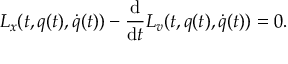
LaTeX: L _ { x } ( t , q ( t ) , { \dot { q } } ( t ) ) - { \frac { \mathrm { d } } { \mathrm { d } t } } L _ { v } ( t , q ( t ) , { \dot { q } } ( t ) ) = 0 .